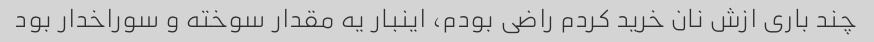
چند باری ازش نان خرید کردم راضی بودم، اینبار یه مقدار سوخته و سوراخدار بود